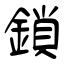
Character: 鎖